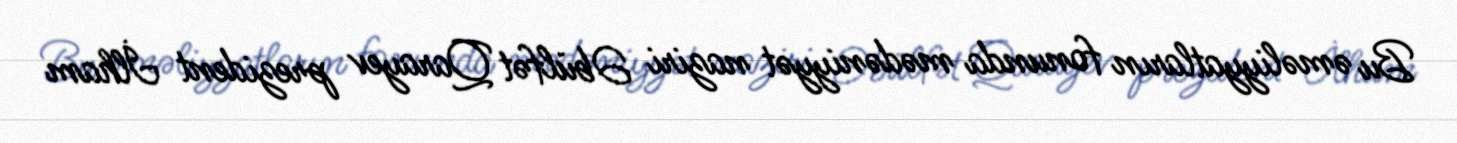
Bu əməliyyatların fonunda mədəniyyət naziri Əbülfət Qarayev prezident İlham